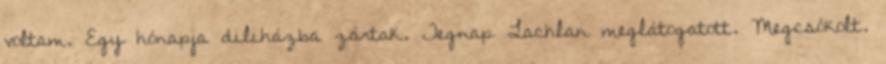
voltam. Egy hónapja diliházba zártak. Tegnap Lachlan meglátogatott. Megcsókolt.